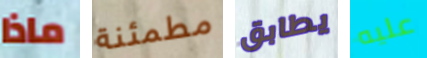
ماذا مطمئنة يطابق عليه